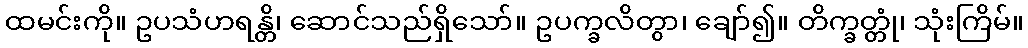
ထမင်းကို။ ဥပသံဟရန္တိ၊ ဆောင်သည်ရှိသော်။ ဥပက္ခလိတွာ၊ ချော်၍။ တိက္ခတ္တုံ၊ သုံးကြိမ်။